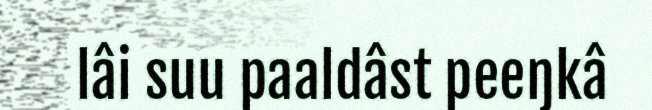
lâi suu paaldâst peeŋkâ